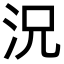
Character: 況